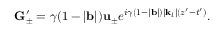
\mathbf { G } _ { \pm } ^ { \prime } = \gamma ( 1 - | \mathbf { b } | ) \mathbf { u } _ { \pm } e ^ { i \gamma ( 1 - | \mathbf { b } | ) | \mathbf { k } _ { l } | ( z ^ { \prime } - t ^ { \prime } ) } .